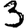
Digit: 3